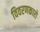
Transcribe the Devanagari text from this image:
विवरणकारो